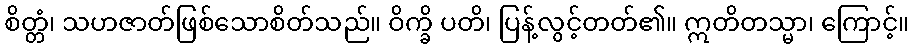
စိတ္တံ၊ သဟဇာတ်ဖြစ်သောစိတ်သည်။ ဝိက္ခိ ပတိ၊ ပြန့်လွင့်တတ်၏။ ဣတိတသ္မာ၊ ကြောင့်။